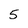
Character: 5